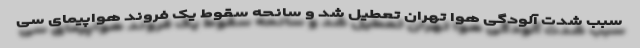
سبب شدت آلودگی هوا تهران تعطیل شد و سانحه سقوط یک فروند هواپیمای سی